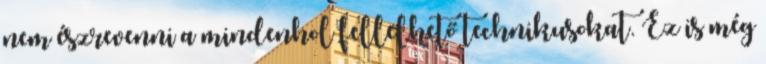
nem észrevenni a mindenhol fellelhető technikusokat. Ez is még